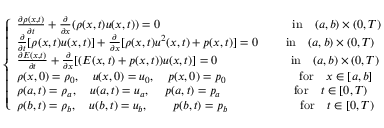
\left\{ \begin{array} { l l } { \frac { \partial \rho ( x , t ) } { \partial t } + \frac { \partial } { \partial x } ( \rho ( x , t ) u ( x , t ) ) = 0 \; \; \; \qquad \qquad \qquad \qquad \qquad \mathrm { i n } \quad ( a , b ) \times ( 0 , T ) } \\ { \frac { \partial } { \partial t } [ \rho ( x , t ) u ( x , t ) ] + \frac { \partial } { \partial x } [ \rho ( x , t ) u ^ { 2 } ( x , t ) + p ( x , t ) ] = 0 \qquad \; \mathrm { i n } \quad ( a , b ) \times ( 0 , T ) } \\ { \frac { \partial E ( x , t ) } { \partial t } + \frac { \partial } { \partial x } [ ( E ( x , t ) + p ( x , t ) ) u ( x , t ) ] = 0 \qquad \qquad \qquad \mathrm { i n } \quad ( a , b ) \times ( 0 , T ) } \\ { \rho ( x , 0 ) = \rho _ { 0 } , \quad u ( x , 0 ) = u _ { 0 } , \quad p ( x , 0 ) = p _ { 0 } \qquad \qquad \qquad \mathrm { f o r } \quad x \in [ a , b ] } \\ { \rho ( a , t ) = \rho _ { a } , \quad u ( a , t ) = u _ { a } , \; \quad p ( a , t ) = p _ { a } \qquad \qquad \quad \quad \mathrm { f o r } \quad t \in [ 0 , T ) } \\ { \rho ( b , t ) = \rho _ { b } , \quad u ( b , t ) = u _ { b } , \qquad p ( b , t ) = p _ { b } \qquad \qquad \qquad \mathrm { f o r } \quad t \in [ 0 , T ) } \end{array} \right.